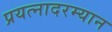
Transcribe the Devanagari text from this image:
प्रयत्नादरम्यान